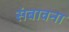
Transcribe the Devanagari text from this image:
संबावना